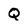
Character: Q